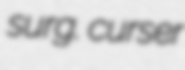
surg. curser